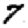
Digit: 7